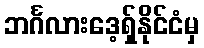
ဘင်္ဂလားဒေ့ရှ်နိုင်ငံမှ